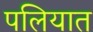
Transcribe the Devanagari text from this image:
पलियात